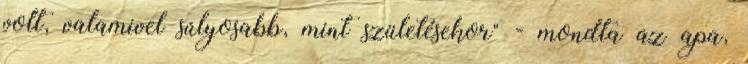
volt, valamivel súlyosabb, mint születésekor" - mondta az apa,